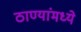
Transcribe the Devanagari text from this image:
ठाण्यांमध्ये